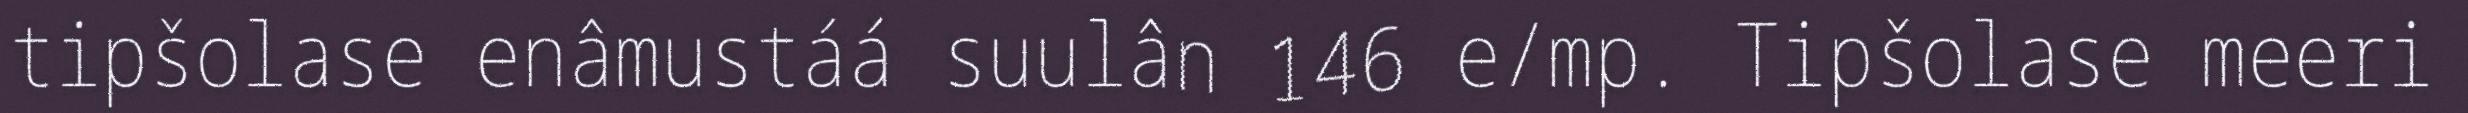
tipšolase enâmustáá suulân 146 e/mp. Tipšolase meeri